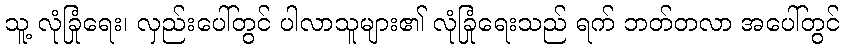
သူ့ လုံခြုံရေး၊ လှည်းပေါ်တွင် ပါလာသူများ၏ လုံခြုံရေးသည် ရက် ဘတ်တလာ အပေါ်တွင်